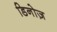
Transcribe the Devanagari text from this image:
डिनोज़